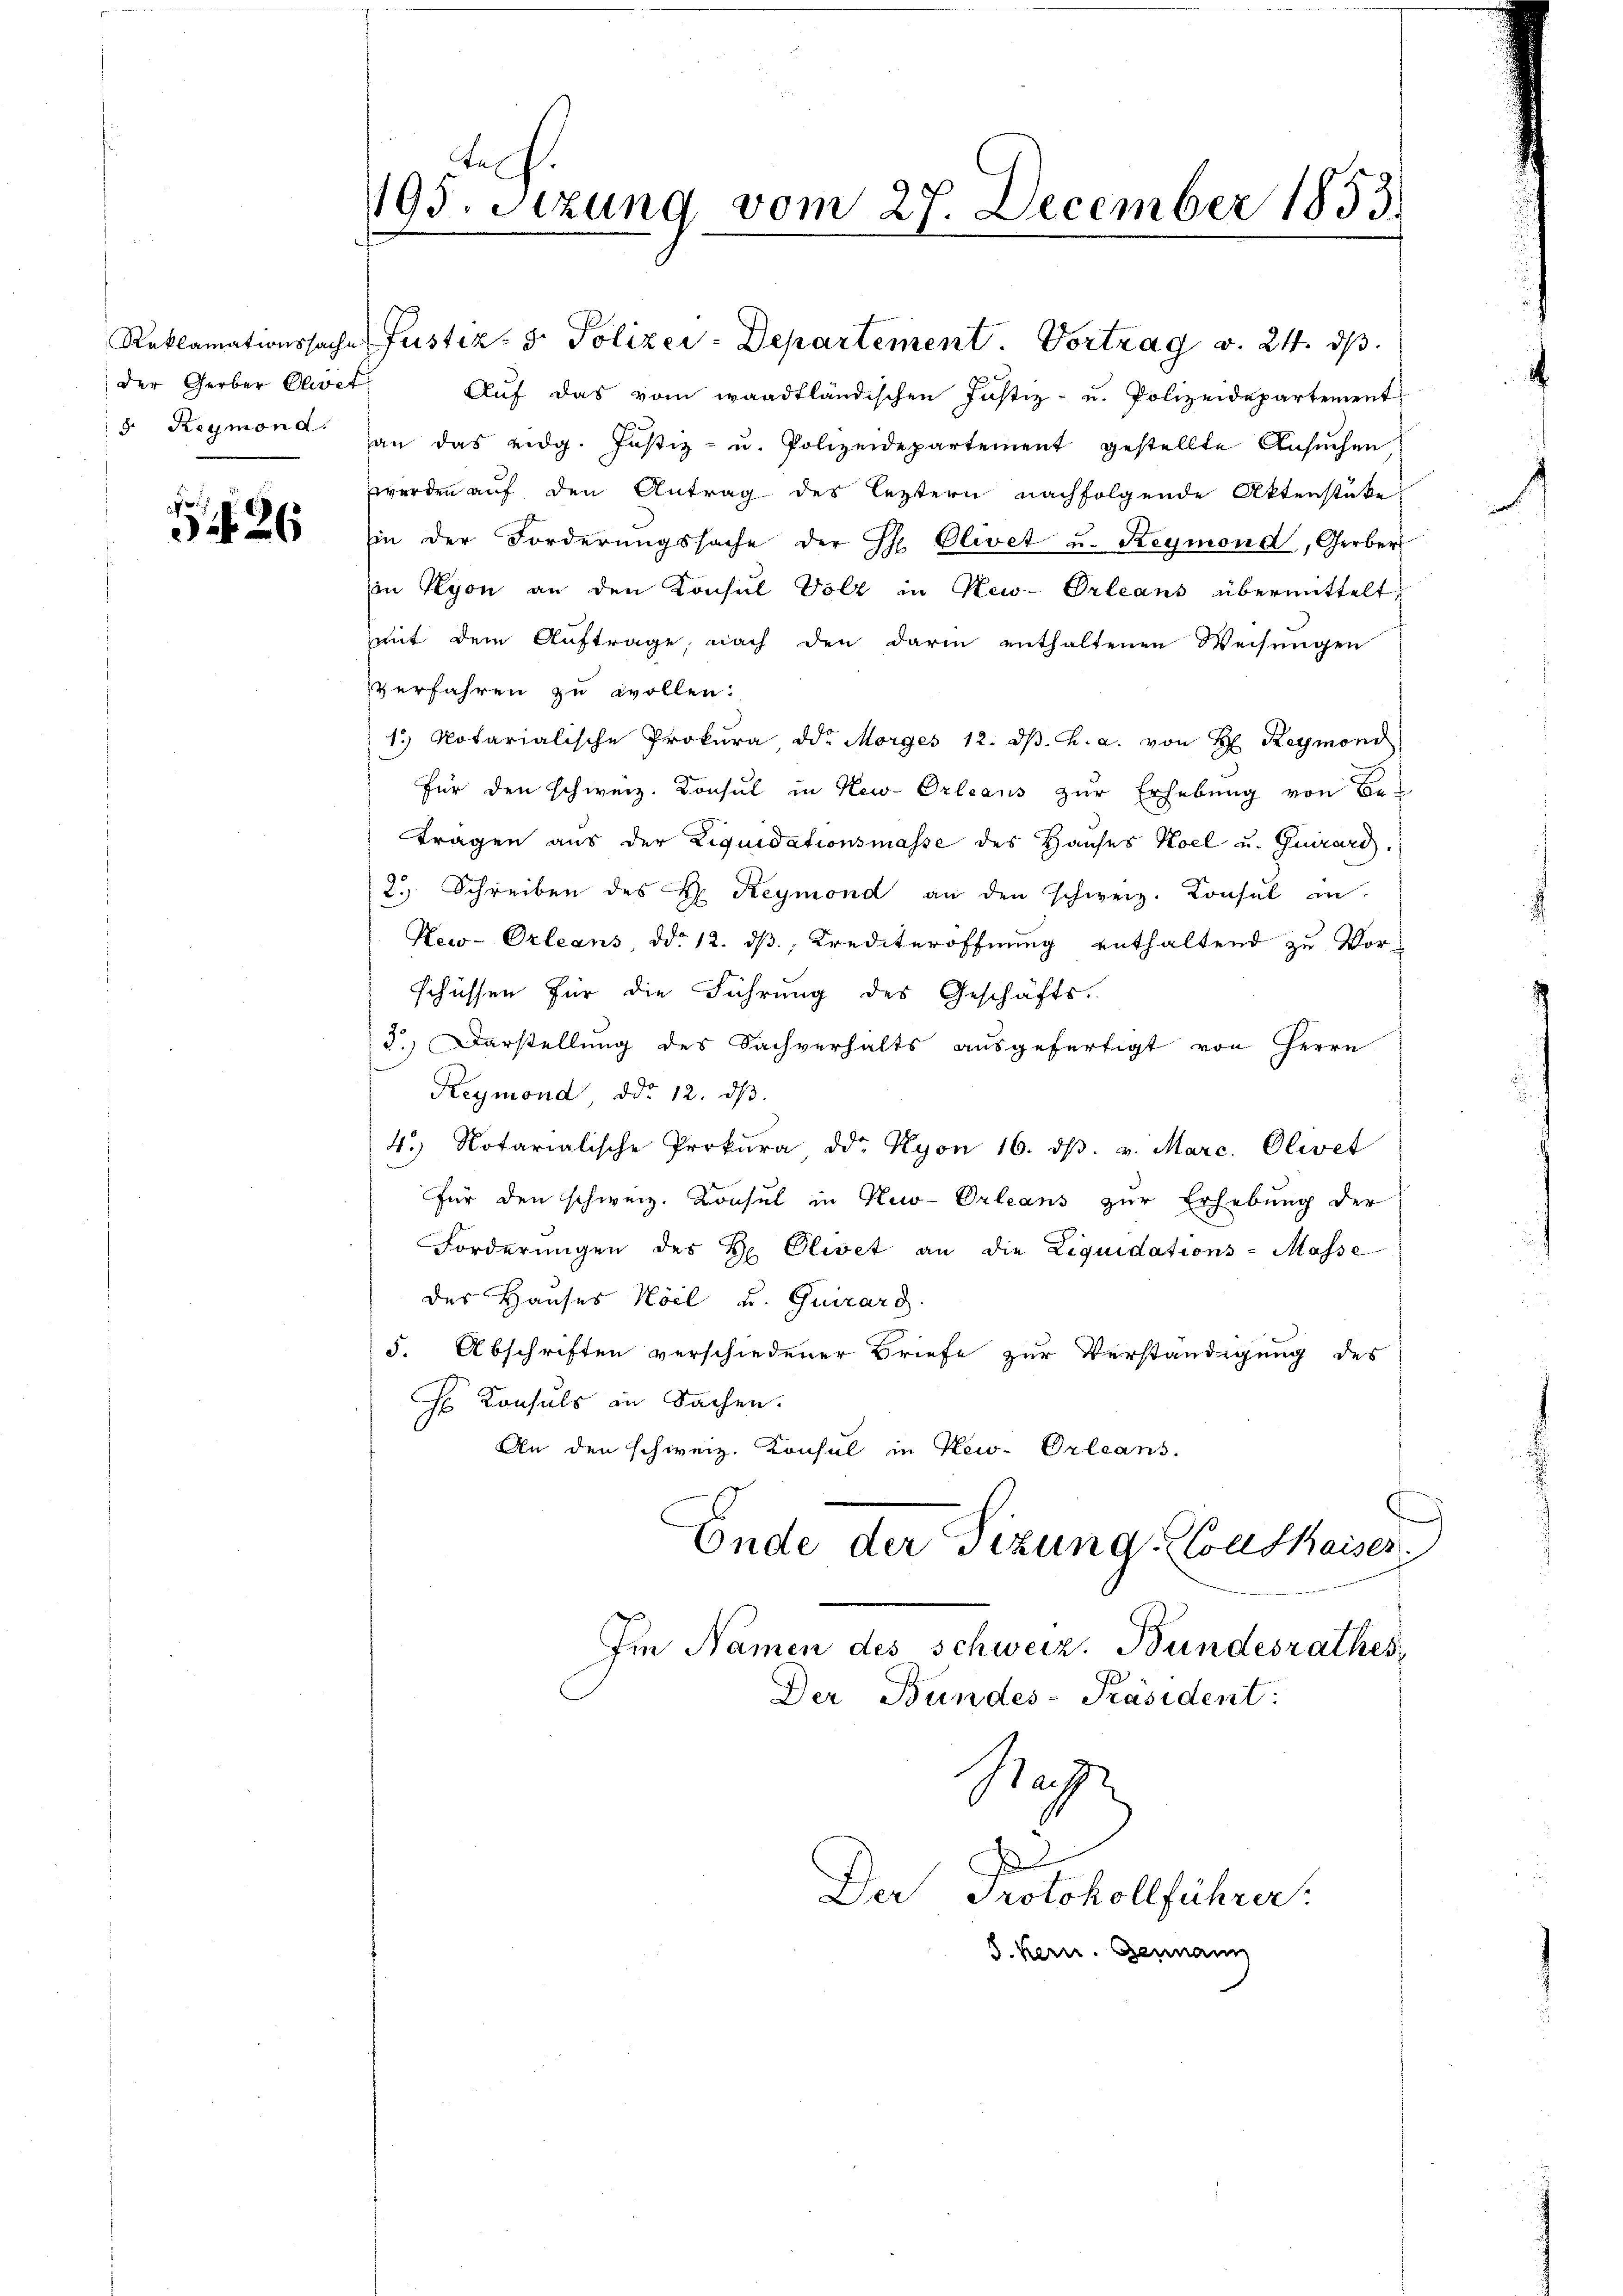
der Gerber Elvet

26

195. Setzung vom 27. December 1833.

Reklamationssache Justiz- & Polizei-Departement. Vortrag v. 24. ds.
Auf das vom waadtländischen Justiz- u. Polizeidepartement
 Reymond an das eidg. Justiz- u. Polizeidepartement gestellte Ansŭchen
werden auf den Antrag des leztern nachfolgende Aktenstüke
in der Forderŭngssache der Hr. Olivet u. Reymond, Gerber
in Lyon an den Konsul Volz in New-Orleans übermittelt,
mit dem Auftrage, nach den darin enthaltenen Weisungen
verfahren zu wollen.
1.) Notarialische Prokura, od. Morges 12. dβ. h. a. von H. Reymond
für den schweiz. Konsul in New-Orleans zur Erhebung von Betragen aus der Liquidationsmasse des Hauses Koel u. Guirard
2.) Schreiben des H. Reymond an den schweiz. Konsul in
New-Orleans, ddo 12. dß, Krediteröffnung enthaltend zu Vorschüssen für die Führung des Geschäfts-
d.) Darstellung des Sachverhalts ausgefertigt von Herrn
Reymond, ddo 12. dβ
4.) Notarialische Prokura dd. Nyon 16. dβ. v. Marc. Olivet
Für den schweiz. Konsul in New-Orleans zur Erhebung der
Forderungen des H. Olivet an die Liquidations-Masse
des Hauses Hoel u. Quirard
5. Abschriften verschiedener Briefe zur Verständigung des
Consuls in Sachen.
An den schweiz. Konsul in New-Orleans.
Ende der Sitzung Konskaiser
Im Namen des schweiz. Bundesrathes,
Der Bundes-Präsident:
Nah
J
Da
Protokollführer
S. kern. Genann